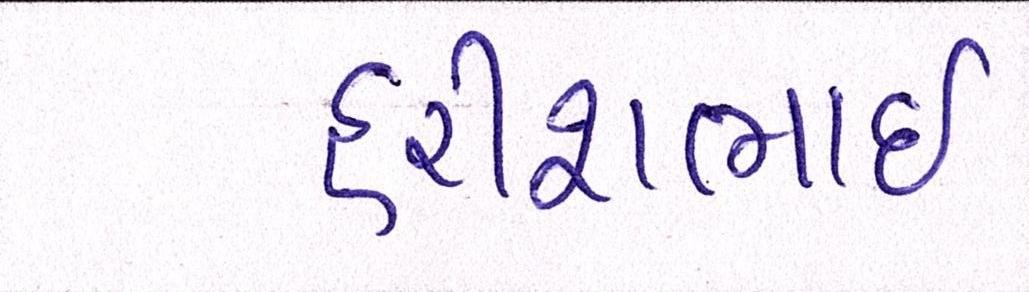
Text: હરીશભાઈ